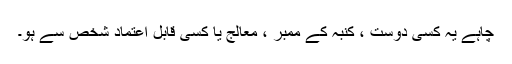
چاہے یہ کسی دوست ، کنبہ کے ممبر ، معالج یا کسی قابل اعتماد شخص سے ہو۔